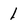
Character: 1